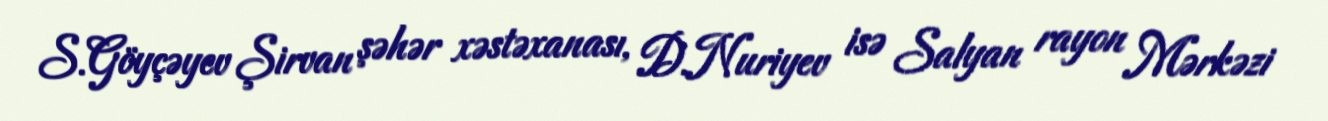
S.Göyçəyev Şirvan şəhər xəstəxanası, D.Nuriyev isə Salyan rayon Mərkəzi